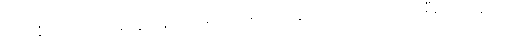
လက်ခံကြပါတယ်၊ အမွေထိန်းလက်မှတ် ရဖို့ကိုလဲ ကျွန်တော်တို့ကပဲ လိုက်စီစဉ်ပေးမယ်လို့